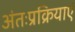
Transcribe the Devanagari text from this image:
अंतःप्रक्रियाएं